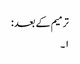
ترمیم کے بعد :
۱۔